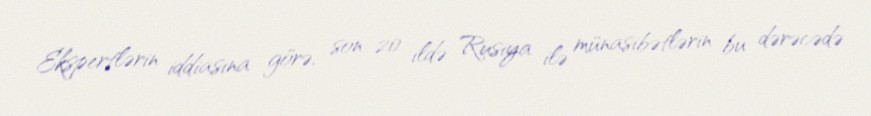
Ekspertlərin iddiasına görə, son 20 ildə Rusiya ilə münasibətlərin bu dərəcədə